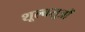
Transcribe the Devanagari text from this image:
शूल्बसूत्रों